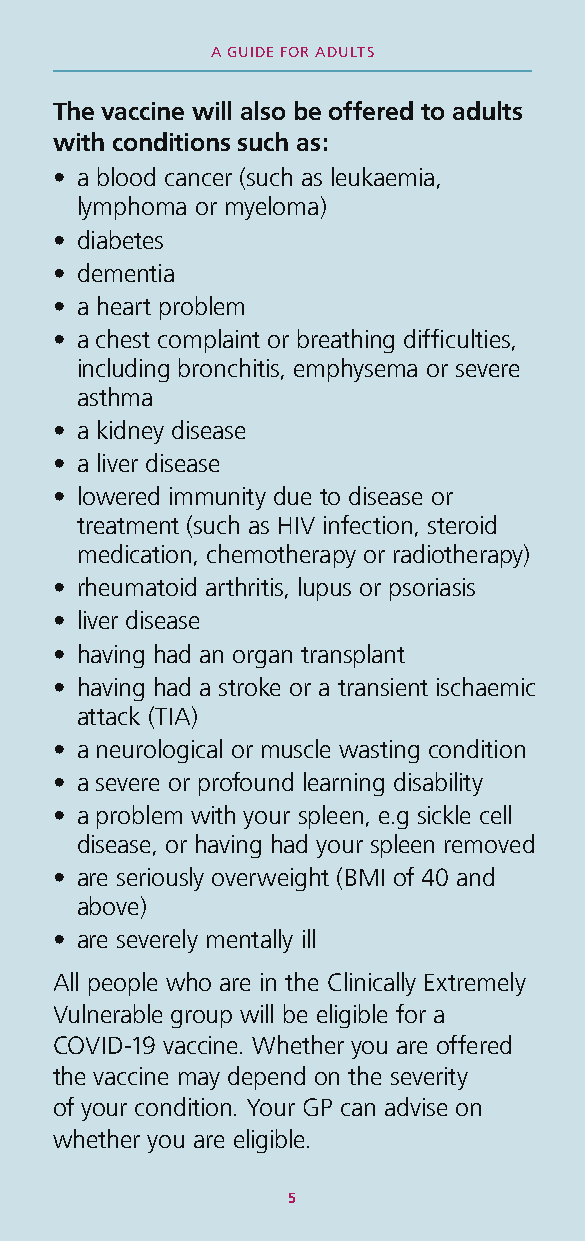
A GUIDE FOR ADULTS
 The vaccine will also be offered to adults
 with conditions such as:
 • a blood cancer (such as leukaemia,
 lymphoma or myeloma)
 • diabetes
 • dementia
 • a heart problem
 • a chest complaint or breathing difficulties,
 including bronchitis, emphysema or severe
 asthma
 • a kidney disease
 • a liver disease
 • lowered immunity due to disease or
 treatment (such as HIV infection, steroid
 medication, chemotherapy or radiotherapy)
 • rheumatoid arthritis, lupus or psoriasis
 • liver disease
 • having had an organ transplant
 • having had a stroke or a transient ischaemic
 attack (TIA)
 • a neurological or muscle wasting condition
 • a severe or profound learning disability
 • a problem with your spleen, e.g sickle cell
 disease, or having had your spleen removed
 • are seriously overweight (BMI of 40 and
 above)
 • are severely mentally ill
 All people who are in the Clinically Extremely
 Vulnerable group will be eligible for a
 COVID-19 vaccine. Whether you are offered
 the vaccine may depend on the severity
 of your condition. Your GP can advise on
 whether you are eligible.
 5